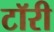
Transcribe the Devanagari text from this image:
टॉरी